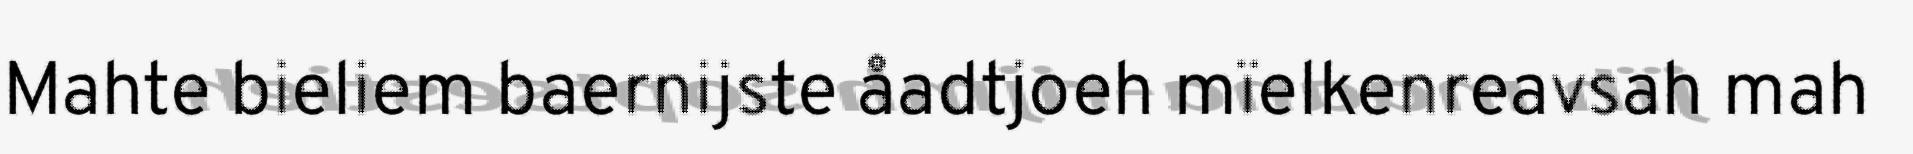
Mahte bieliem baernijste åadtjoeh mïelkenreavsah mah